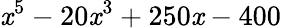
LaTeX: \mathit{x}^{5}-20\mathit{x}^{3}+250\mathit{x}-400